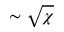
\sim \sqrt { \chi }